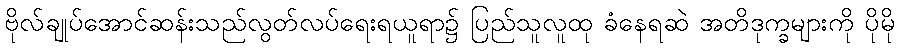
ဗိုလ်ချုပ်အောင်ဆန်းသည်လွတ်လပ်ရေးရယူရာ၌ ပြည်သူလူထု ခံနေရဆဲ အတိဒုက္ခများကို ပိုမို